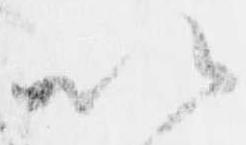
以